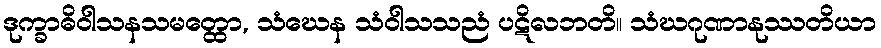
ဒုက္ခာဓိဝါသနသမတ္ထော, သံဃေန သံဝါသသညံ ပဋိလဘတိ။ သံဃဂုဏာနုဿတိယာ